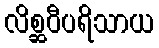
လိစ္ဆဝီပရိသာယ